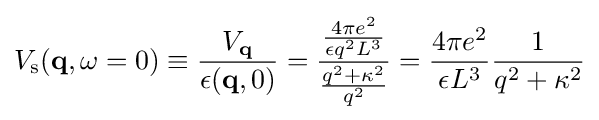
V_{\rm {s}}(\mathbf {q} ,\omega =0)\equiv {\frac {V_{\mathbf {q} }}{\epsilon (\mathbf {q} ,0)}}={\frac {\frac {4\pi e^{2}}{\epsilon q^{2}L^{3}}}{\frac {q^{2}+\kappa ^{2}}{q^{2}}}}={\frac {4\pi e^{2}}{\epsilon L^{3}}}{\frac {1}{q^{2}+\kappa ^{2}}}